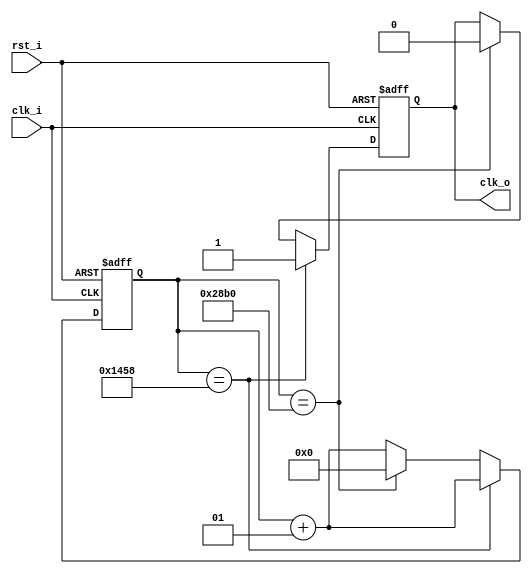
`timescale 1ns / 1ps

module div #(parameter NDIV = 10_417) (
    input clk_i,
    input rst_i,
    output reg clk_o
    );

integer counter = 0;

always @(posedge clk_i or posedge rst_i) begin
    if(rst_i) begin
        counter <= 0;
        clk_o <= 0;
    end
    else if(clk_i) begin
        counter <= counter + 1;
        if(counter == NDIV / 2) begin
            clk_o <= 1;
        end
        else if(counter == NDIV - 1) begin
            counter <= 0;
            clk_o <= 0;
        end
    end
end
    
endmodule